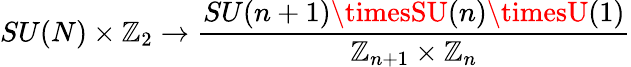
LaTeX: SU(N)\times\mathbb{Z}_{2}\rightarrow{\frac{{SU(n+1)\timesSU(n)\timesU(1)}}{{\mathbb{Z}_{n+1}\times\mathbb{Z}_{n}}}}